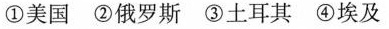
①美国 ②俄罗斯 ③土耳其 ④埃及